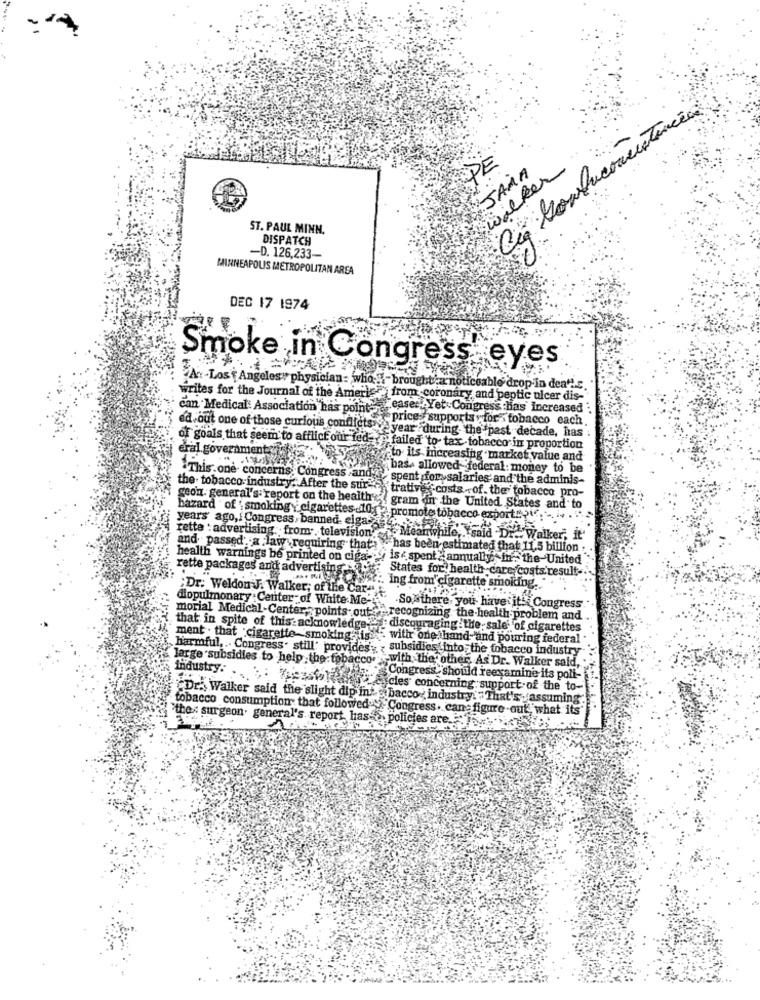
DE
JAMA
walker
ST. PAUL MINN.
DISPATCH
-D. 126.233-
MINNEAPOLIS METROPOLITAN AREA
DEC 17 1974
Smoke in Congress' eyes
At -Los Angeles# physician: who"-broughthar noticeable drop in dea's
writes for the Journal of the Americ. from coronary and peptic ulcer dis-
can Medical Association has pointeaser Yet Congress has Increased :
price supports . for tobacco each
ed out one of those curious conflicts ve year "during the past decade, has
eral governmentJE
of goals that seem to afflict our fed a failed to tax tobacco in proportion
to its increasing market value and
bass allowed federal: money to be
This. one concerns, Congress and;
spent [for>salaries and the adminis-
the . tobacco industry; After the sur-
trative? costs- of. the tobacco pro-
geon. general's: report on the health
gram dir the United States and to
bazard ' of 'smoking y cigarettes 10 > promote tobacco export" i ...
years ago, Congress, banned- elga-4.
rette : advertising from, television
PR. Meanwhile, "said Dr. Walker, it'
and. passed. a law requiring that . has been estimated that 11.5 billion .
health warnings be printed on ciga- ise spent annually in the United
rette packages and advertising
States for health care costs.result-
;Dr. Weldon'J. Walker; of the Car-t
:. ing from cigarette smoking.
diopulmonary :Center of White Me-
Southare you have it! Congress
morial Medical-Center, points out "" recognizing the-health problem and
that in spite of this:acknowledge- discouraging the- sale' of cigarettes
ment . that :cigarette smoking giss." with one hand and pouring federal
harmful. .. Congress. still. provides, , subsidies into the tobacco industry
large subsidies to help the tobacco with the other As Dr. Walker said,
industry.
Congress, should reexamine its poli-
tessafoliahar fa cies concerning support of the to-
Dr. Walker said the slight dip into bacco industry! " That's assuming.
tobacco consumption that followed ">Congress. can figure out, what its'
"the : surgeon. general's report has ,policies are. ..